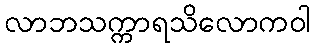
လာဘသက္ကာရသိလောကဝါ